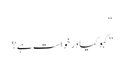
“
”کہو کیا درخواست ہے؟